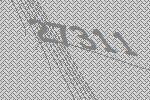
27311